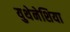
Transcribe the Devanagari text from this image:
युथेनेशिया